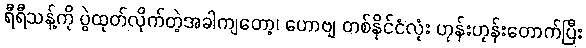
ရီရီသန့်ကို ပွဲထုတ်လိုက်တဲ့အခါကျတော့၊ ဟောဗျ တစ်နိုင်ငံလုံး ဟုန်းဟုန်းတောက်ပြီး